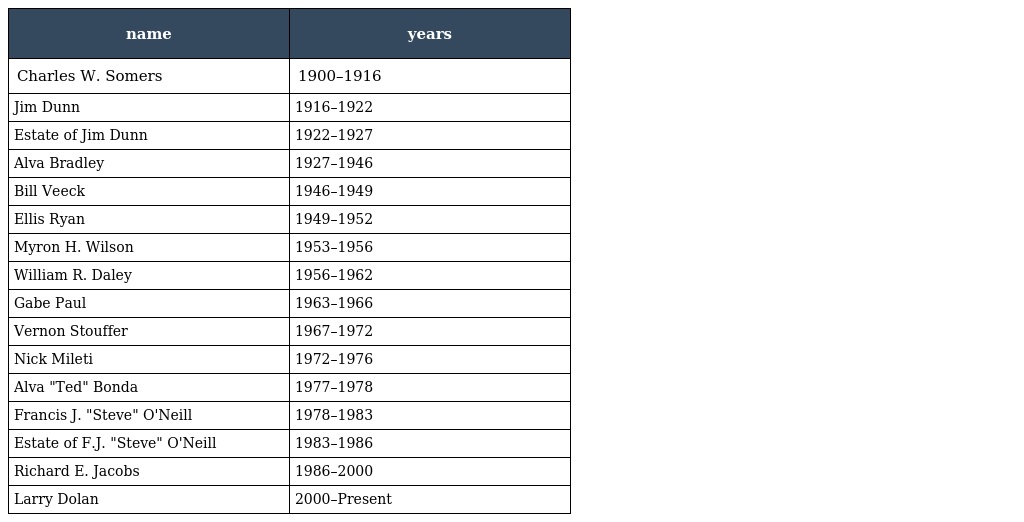
| name | years |
 | --- | --- |
 | Charles W. Somers | 1900–1916 |
 | Jim Dunn | 1916–1922 |
 | Estate of Jim Dunn | 1922–1927 |
 | Alva Bradley | 1927–1946 |
 | Bill Veeck | 1946–1949 |
 | Ellis Ryan | 1949–1952 |
 | Myron H. Wilson | 1953–1956 |
 | William R. Daley | 1956–1962 |
 | Gabe Paul | 1963–1966 |
 | Vernon Stouffer | 1967–1972 |
 | Nick Mileti | 1972–1976 |
 | Alva "Ted" Bonda | 1977–1978 |
 | Francis J. "Steve" O'Neill | 1978–1983 |
 | Estate of F.J. "Steve" O'Neill | 1983–1986 |
 | Richard E. Jacobs | 1986–2000 |
 | Larry Dolan | 2000–Present |